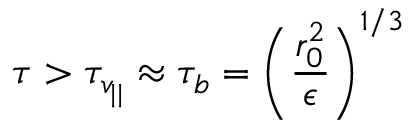
\tau > \tau _ { v _ { | | } } \approx \tau _ { b } = \left( \frac { r _ { 0 } ^ { 2 } } { \epsilon } \right) ^ { 1 / 3 }